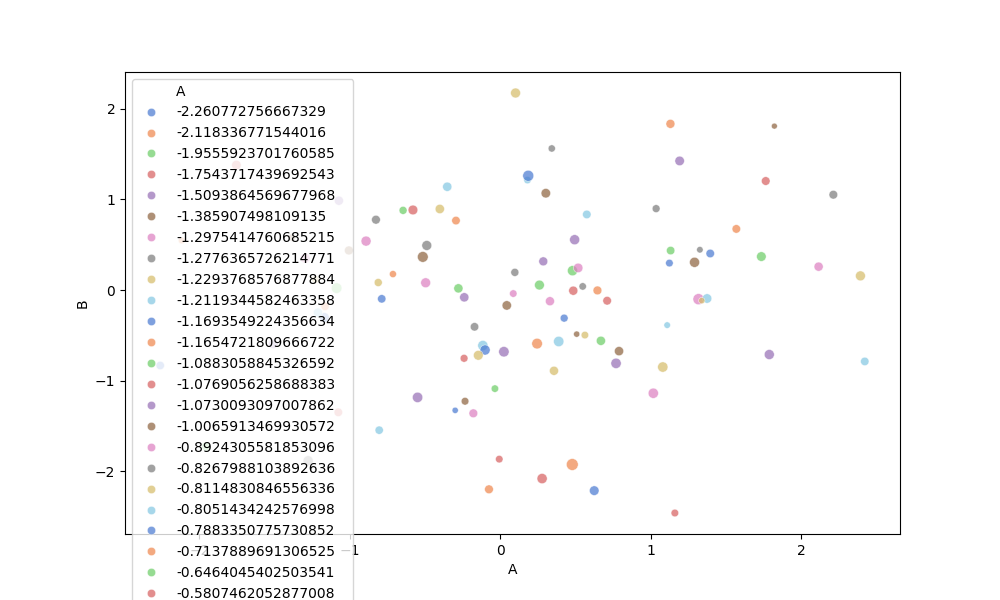
python, seaborn, scatterplot, hue='A', style='None', size='C', palette='muted', alpha=0.7